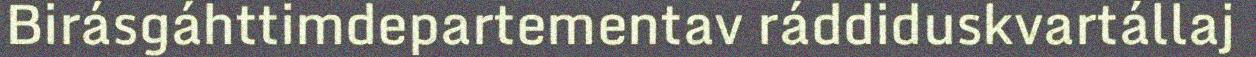
Birásgáhttimdepartementav ráddiduskvartállaj